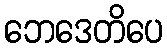
ဘေဒေတိပေ